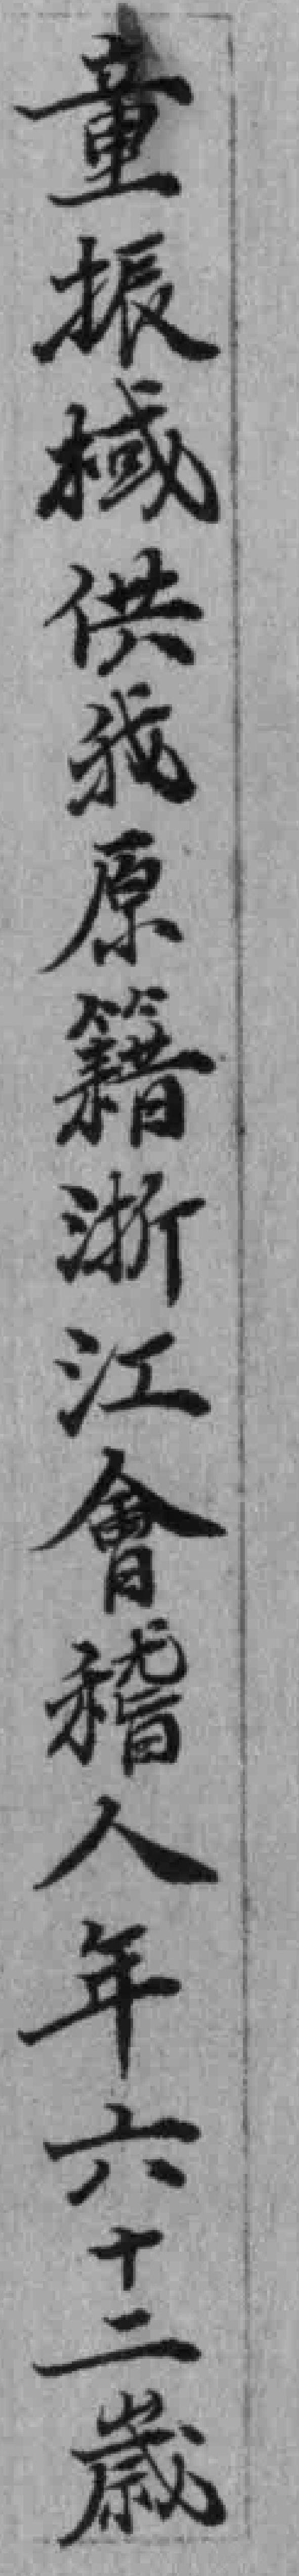
童振棫供我原籍浙江會稽人年六十二歲